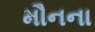
મૌનના